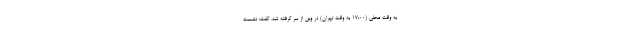
به ‌وقت محلی (۱۷:۰۰ به وقت تهران) در وین از سر گرفته شد، گفت: نشست